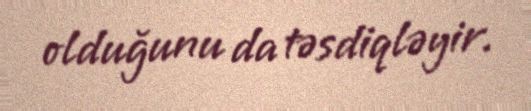
olduğunu da təsdiqləyir.